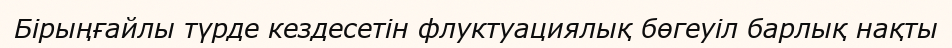
Бірыңғайлы түрде кездесетін флуктуациялық бөгеуіл барлық нақты